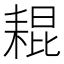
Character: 𦓼